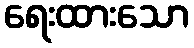
ရေးထားသော